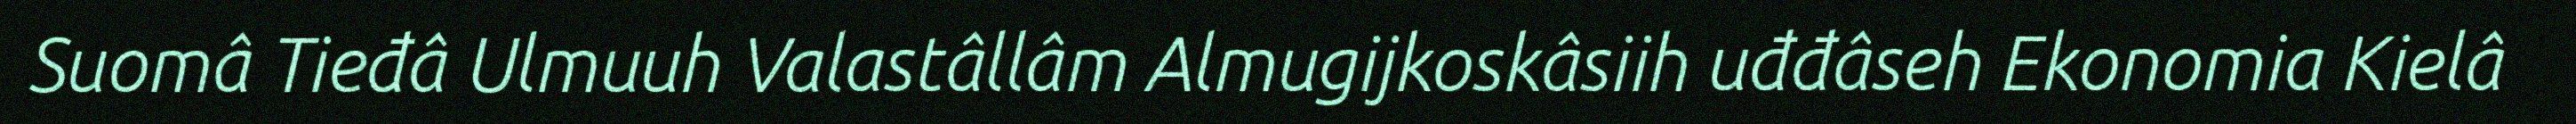
Suomâ Tieđâ Ulmuuh Valastâllâm Almugijkoskâsiih uđđâseh Ekonomia Kielâ